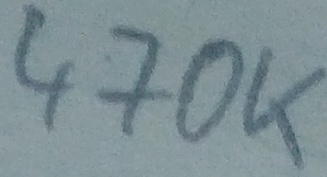
Text: 470K